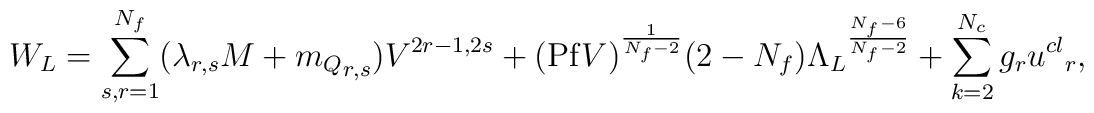
W_{L} = \sum_{s,r =1}^{N_f}(\lambda_{r,s} M + {m_{Q}}_{r,s})V^{2r-1,2s} + ({\rm Pf}V)^{\frac{1}{N_f - 2}}(2-N_f) {\Lambda_L}^{\frac{N_f-6}{N_f-2}} + \sum_{k=2}^{N_c}g_r {u^{cl}}_r ,    \nonumber